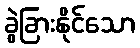
ခွဲခြားနိုင်သော